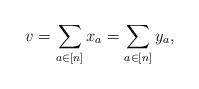
LaTeX: \begin{align*}v=\sum_{a\in [n]} x_a=\sum_{a\in[n]} y_a,\end{align*}